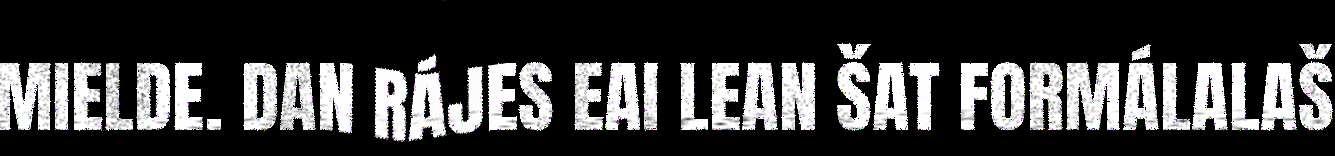
MIELDE. DAN RÁJES EAI LEAN ŠAT FORMÁLALAŠ